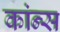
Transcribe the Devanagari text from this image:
कांन्स